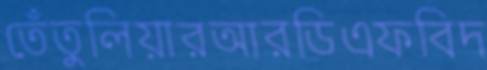
তেঁতুলিয়ারআরডিএফবিদ